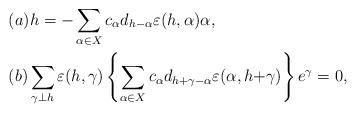
LaTeX: \begin{align*}&(a)h=-\sum_{\alpha\in X}c_{\alpha}d_{h-\alpha}\varepsilon(h, \alpha)\alpha,\\&(b) \sum_{\gamma\perp h}\varepsilon(h, \gamma)\left\{\sum_{\alpha\in X} c_{\alpha}d_{h+\gamma-\alpha}\varepsilon(\alpha, h{+}\gamma)\right\}e^{\gamma}=0,\end{align*}